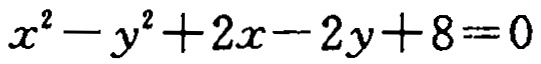
\(x^{2}-y^{2}+2x - 2y+8 = 0\)